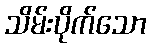
သိမ်းပိုက်သော